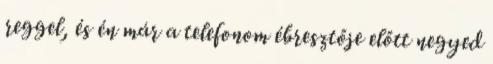
reggel, és én már a telefonom ébresztője előtt negyed